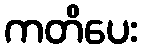
ကတိပေး